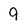
Character: 9